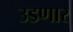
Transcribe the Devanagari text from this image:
उडणार